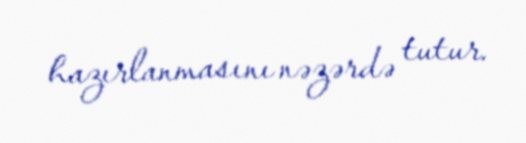
hazırlanmasını nəzərdə tutur.